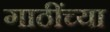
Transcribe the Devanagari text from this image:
गाठींच्या